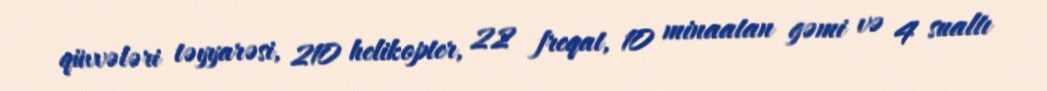
qüvvələri təyyarəsi, 210 helikopter, 22 freqat, 10 minaatan gəmi və 4 sualtı